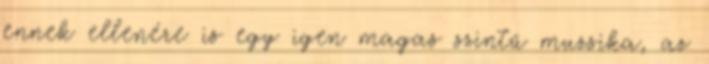
ennek ellenére is egy igen magas szintű muzsika, az